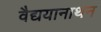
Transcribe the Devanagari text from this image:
वैद्ययानाथन